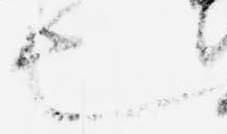
也